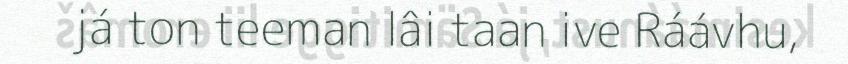
já ton teeman lâi taan ive Ráávhu,